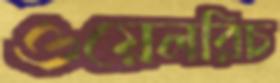
ওয়েলরিচ